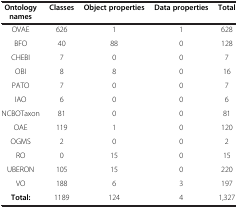
| Ontology names | Classes | Object properties | Data properties | Total |
 | --- | --- | --- | --- | --- |
 | OVAE | 626 | 1 | 1 | 628 |
 | BFO | 40 | 88 | 0 | 128 |
 | CHEBI | 7 | 0 | 0 | 7 |
 | OBI | 8 | 8 | 0 | 16 |
 | PATO | 7 | 0 | 0 | 7 |
 | IAO | 6 | 0 | 0 | 6 |
 | NCBOTaxon | 81 | 0 | 0 | 81 |
 | OAE | 119 | 1 | 0 | 120 |
 | OGMS | 2 | 0 | 0 | 2 |
 | RO | 0 | 15 | 0 | 15 |
 | UBERON | 105 | 15 | 0 | 220 |
 | VO | 188 | 6 | 3 | 197 |
 | Total: | 1189 | 124 | 4 | 1,327 |